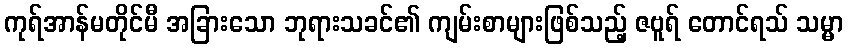
ကုရ်အာန်မတိုင်မီ အခြားသော ဘုရားသခင်၏ ကျမ်းစာများဖြစ်သည့် ဇဗူရ် တောင်ရသ် သမ္မာ